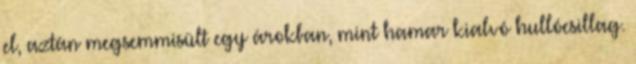
el, aztán megsemmisült egy árokban, mint hamar kialvó hullócsillag.